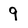
Character: 9